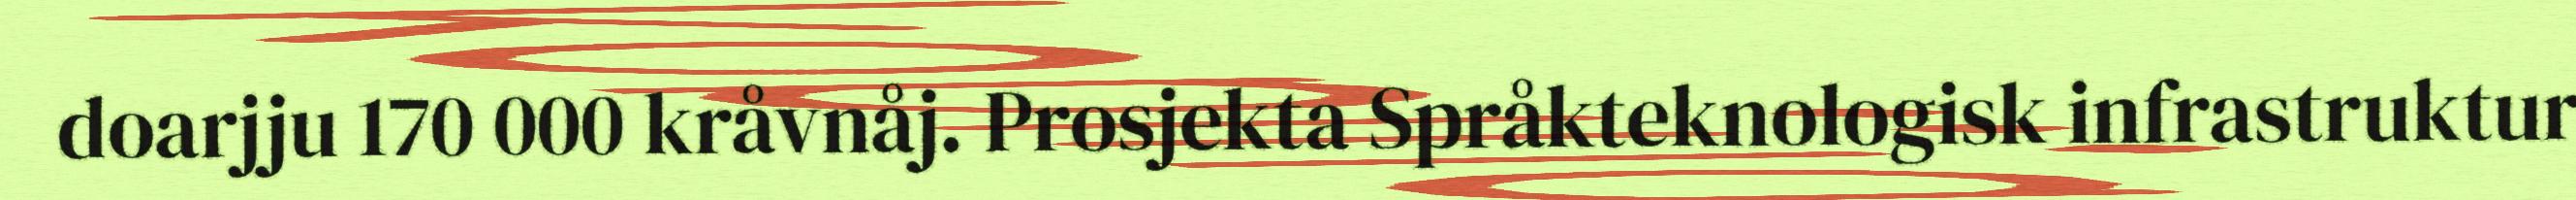
doarjju 170 000 kråvnåj. Prosjekta Språkteknologisk infrastruktur